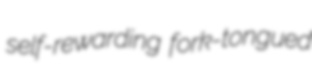
self-rewarding fork-tongued